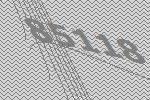
85118